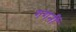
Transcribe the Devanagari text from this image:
गगनीं